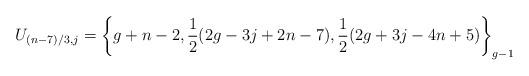
LaTeX: \begin{align*}U_{(n-7)/3,j} &= \left\{g+n-2,\frac{1}{2}(2g-3j+2n-7),\frac{1}{2}(2g+3j-4n+5)\right\}_{g-1}\end{align*}